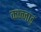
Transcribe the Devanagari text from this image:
कज्जाड़